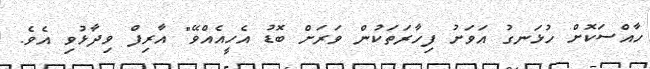
ހާއްސަކޮށް ހުޅަނގު އަވަށު ފިހާރަތަކުން ވަރަށް ބޮޑު އެހީއެއްވޭ" އާރިފް ވިދާޅުވި އެވެ.